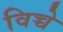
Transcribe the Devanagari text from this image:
विच्चे